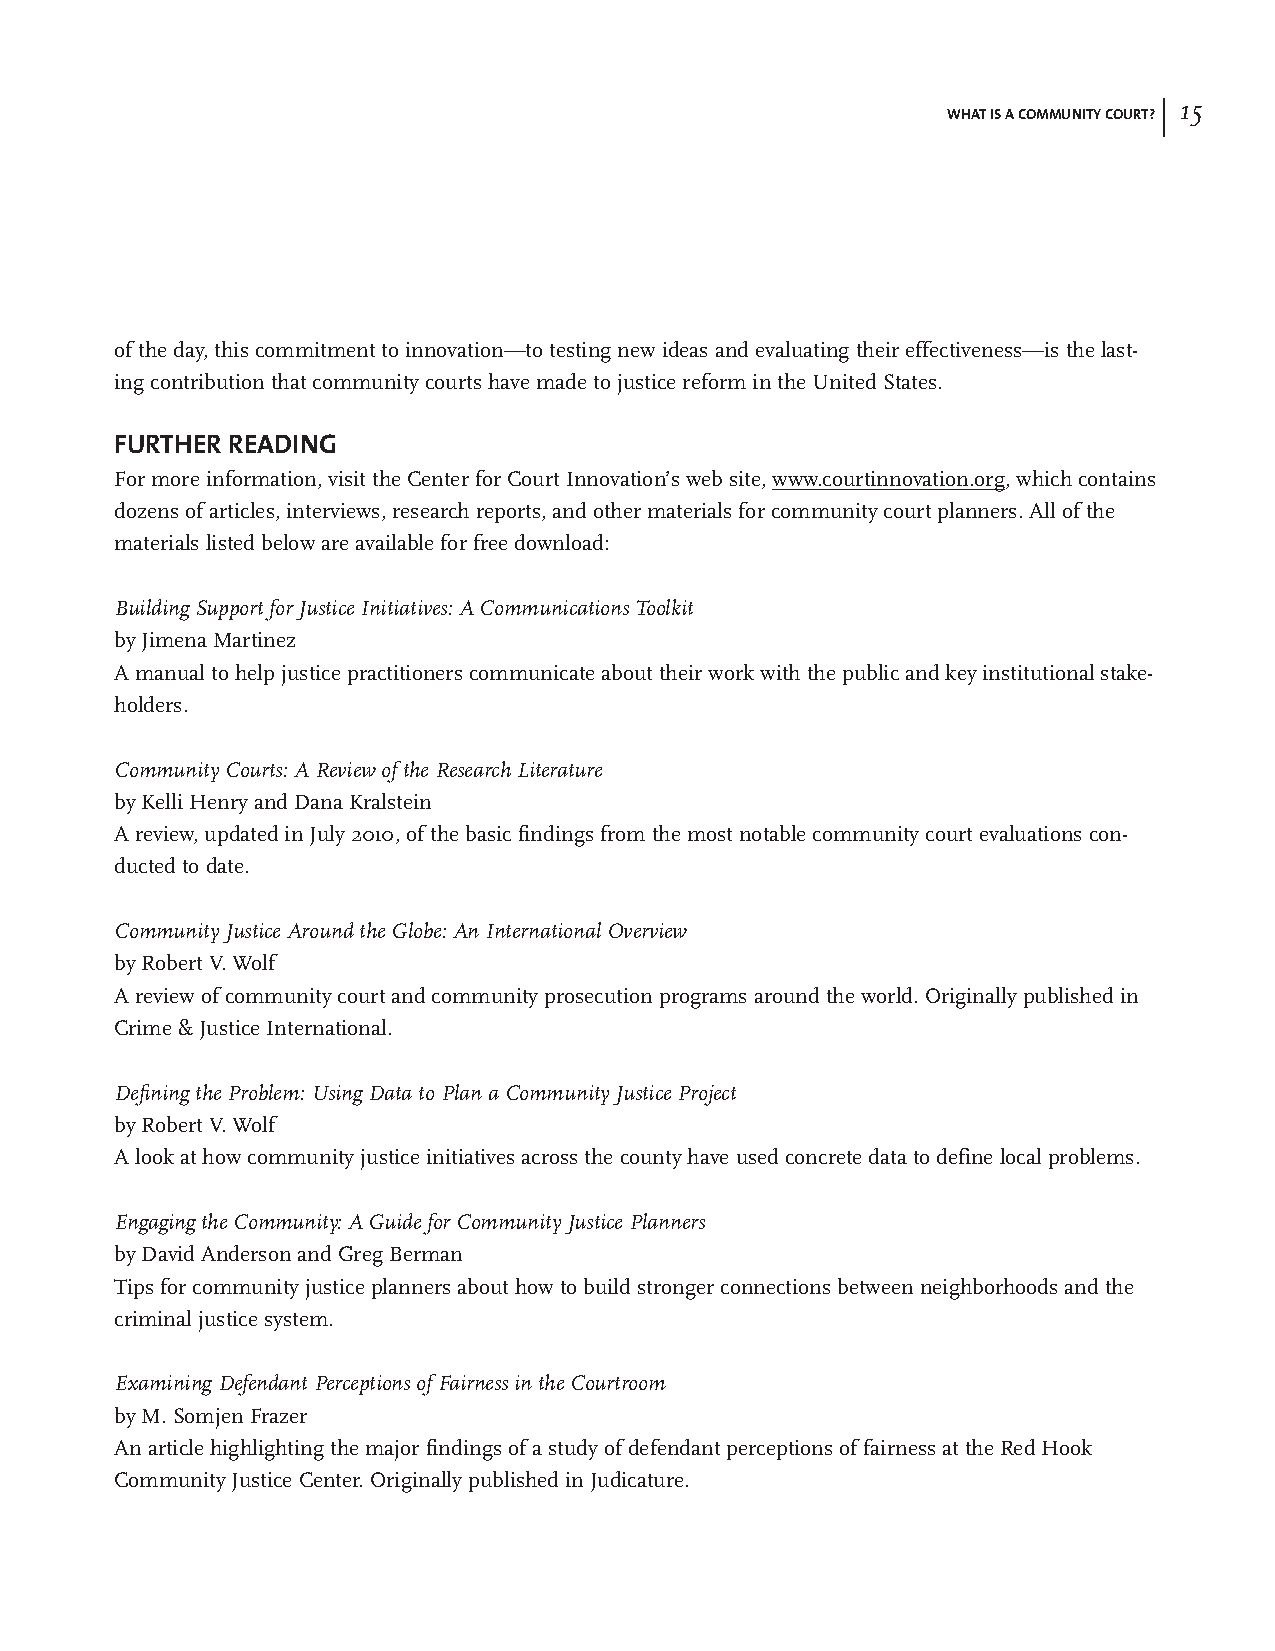
| 15
 WHAT IS A COMMUNITY COURT?
 of the day, this commitment to innovation—to testing new ideas and evaluating their effectiveness—is the last-
 ing contribution that community courts have made to justice reform in the United States.
 FURTHER READING
 For more information, visit the Center for Court Innovation’s web site, www.courtinnovation.org, which contains
 dozens of articles, interviews, research reports, and other materials for community court planners. All of the
 materials listed below are available for free download:
 Building Support for Justice Initiatives: A Communications Toolkit
 by Jimena Martinez
 A manual to help justice practitioners communicate about their work with the public and key institutional stake-
 holders.
 Community Courts: A Review of the Research Literature
 by Kelli Henry and Dana Kralstein
 A review, updated in July 2010, of the basic findings from the most notable community court evaluations con-
 ducted to date.
 Community Justice Around the Globe: An International Overview
 by Robert V. Wolf
 A review of community court and community prosecution programs around the world. Originally published in
 Crime & Justice International.
 Defining the Problem: Using Data to Plan a Community Justice Project
 by Robert V. Wolf
 A look at how community justice initiatives across the county have used concrete data to define local problems.
 Engaging the Community: A Guide for Community Justice Planners
 by David Anderson and Greg Berman
 Tips for community justice planners about how to build stronger connections between neighborhoods and the
 criminal justice system.
 Examining Defendant Perceptions of Fairness in the Courtroom
 by M. Somjen Frazer
 An article highlighting the major findings of a study of defendant perceptions of fairness at the Red Hook
 Community Justice Center. Originally published in Judicature.